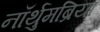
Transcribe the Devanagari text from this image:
नॉर्थुमब्रिया